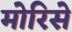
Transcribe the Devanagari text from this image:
मोरिसे